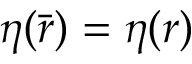
\eta ( \bar { \boldsymbol { r } } ) = \eta ( \boldsymbol { r } )